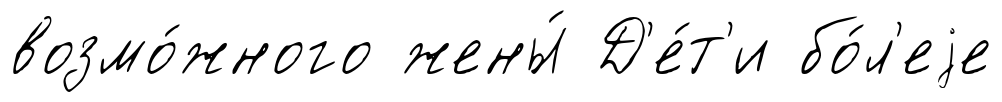
возмо́жного жены́ Д'е́т'и бо́л'еjе